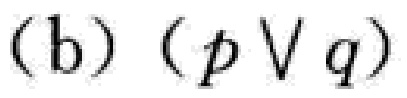
(b) $(p \vee q)$